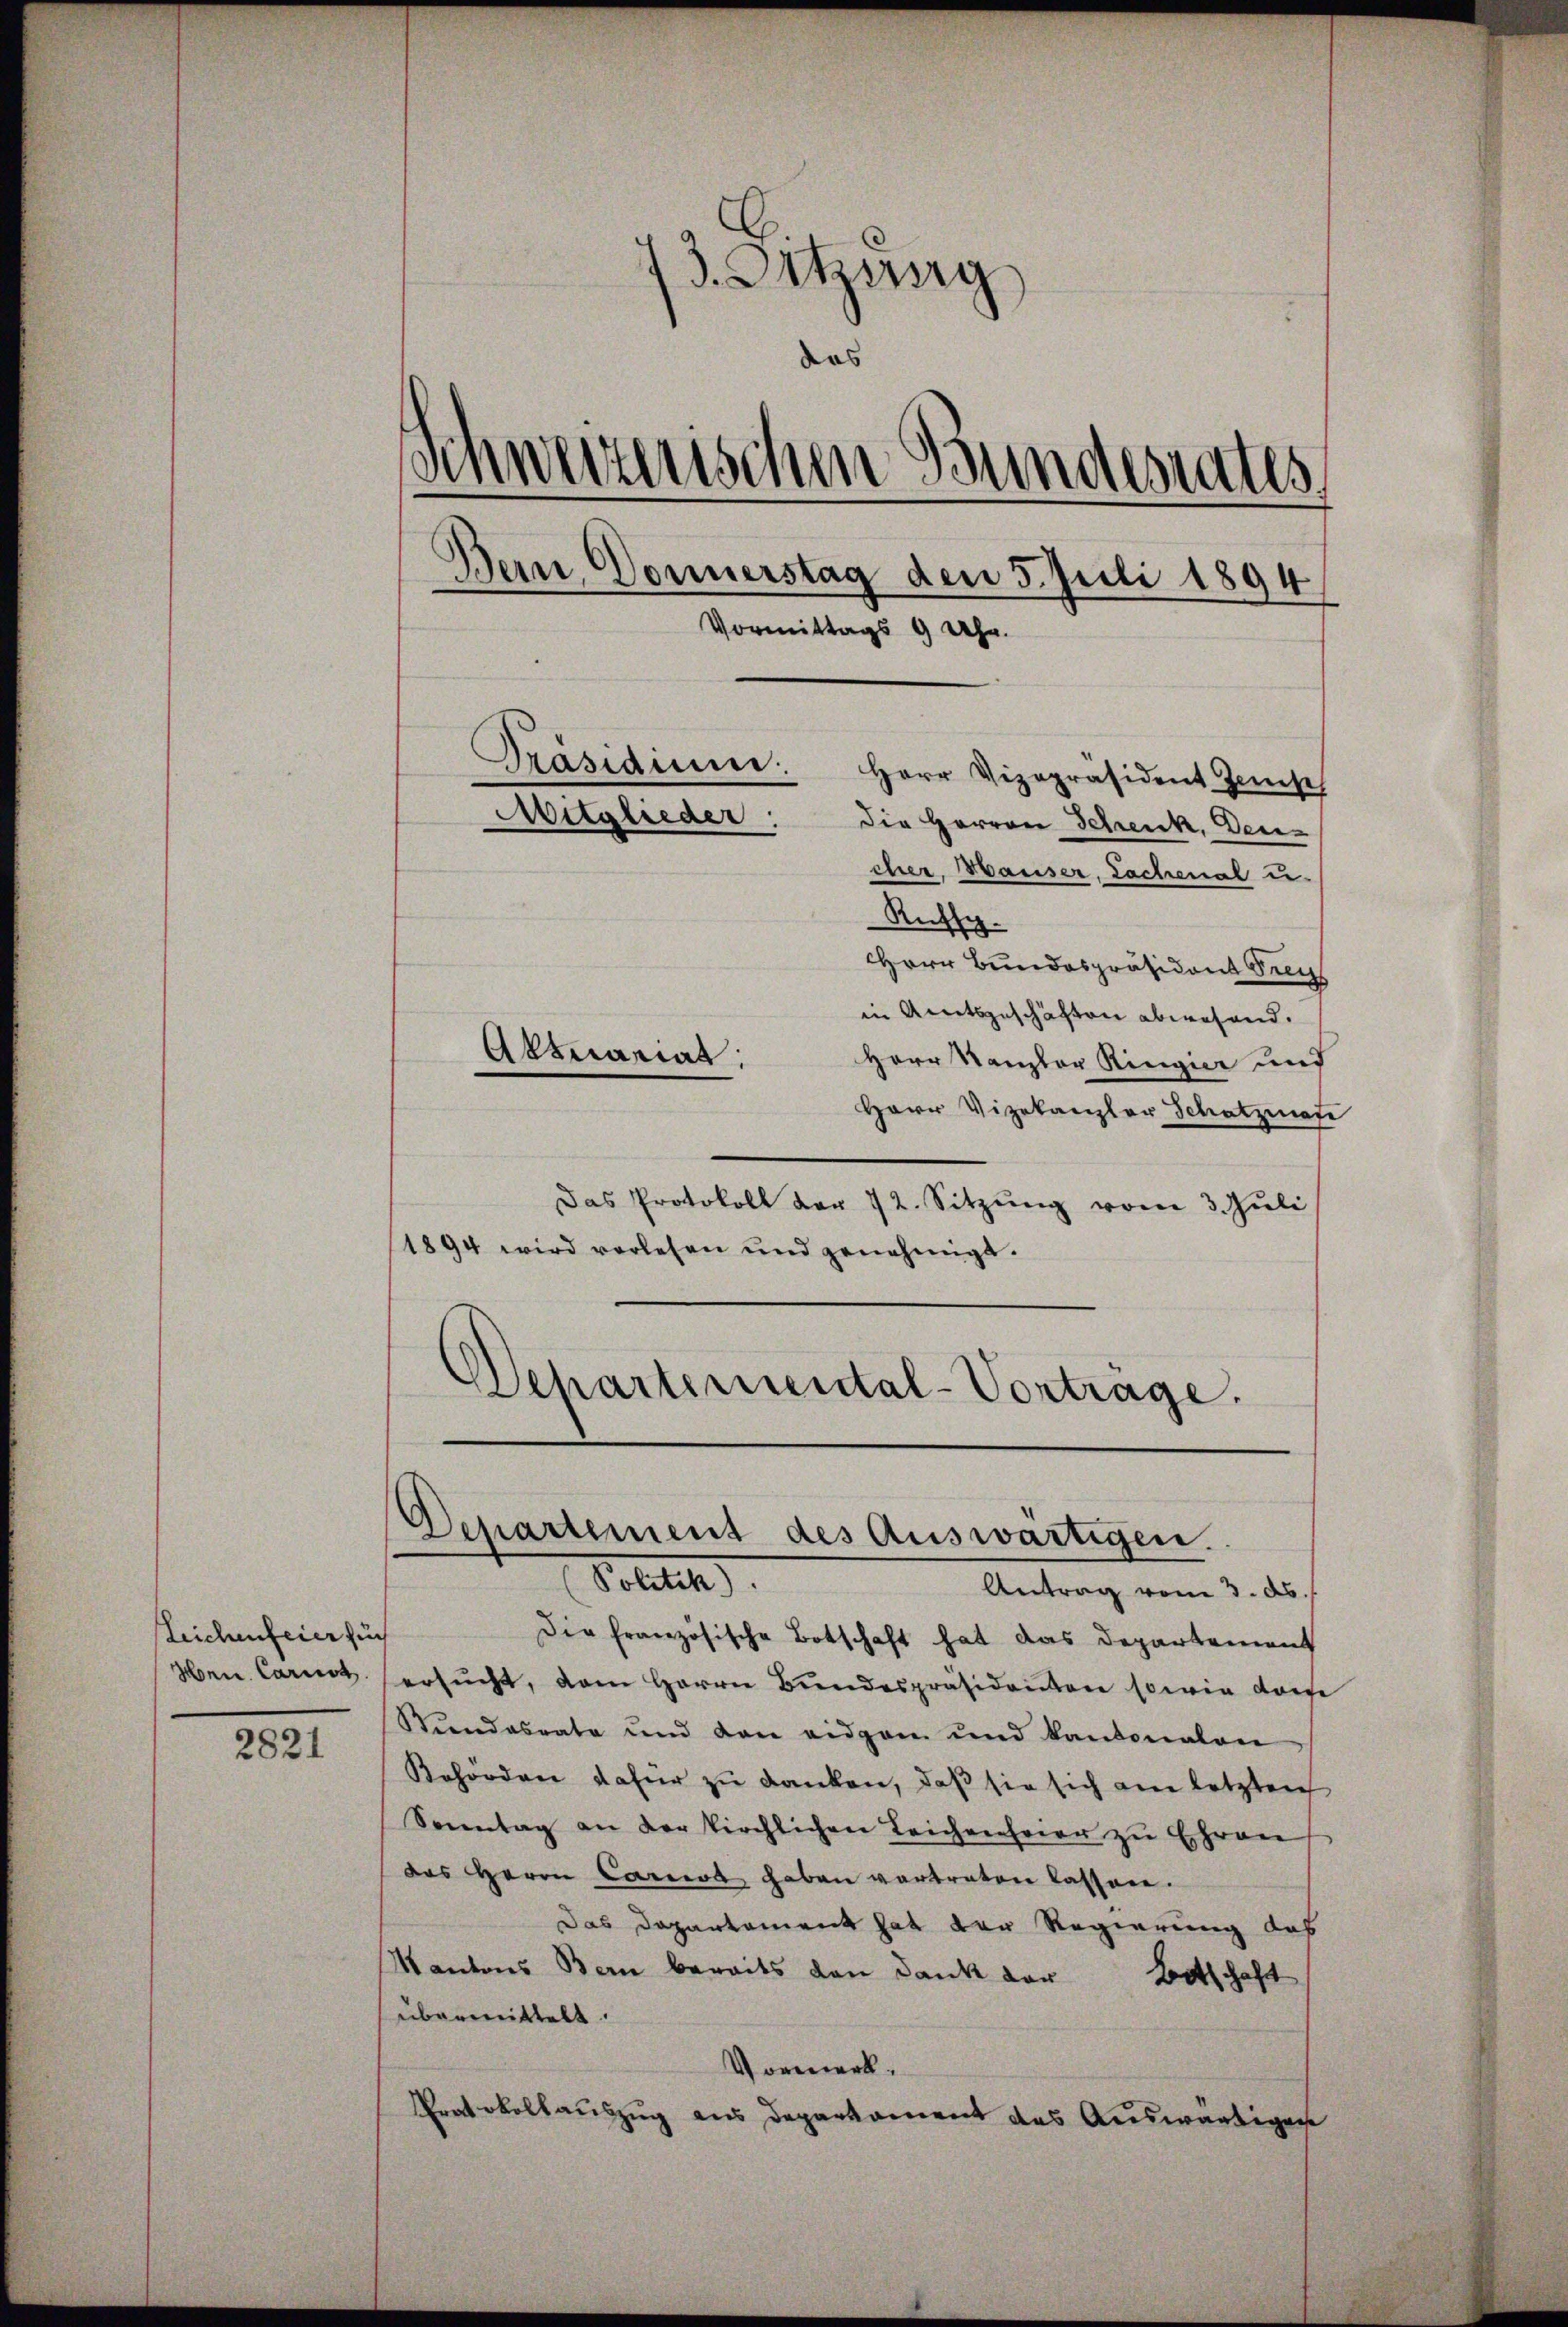
Leichenfeier für
Hrn. Carnst

2821

13. Ortzung
das
¬
Schwerzenschen Bundesrates
Bern Donnerstag den 5. Juli 1894
Vormittags 9 Uhr.
Päsidium
Herr Vizepräsident Zinse
Mitglieder: die Herren Schenk, den-
cher, Hauser, Sachenal u.
Rufs.
Herr Bundespräsident Frey
in Amtsgeschäften abwesend.
Aktuariat
Herr Kanzler Ringier und

Herr Vizekanzler Schatzmasi
Das Protokoll der 72. Sitzŭng vom 3. Juli
1894 wird vorlesen und genehmigt.
Departemental-Vortrage.

Departement des Auswärtigen.
Potth

Antrag vom 3. d.
Die französische Botschaft hat das Departement
ersŭcht, dem Herrn Bundespräsidenten sowie darf
Stundesrate und den eidgan und kantonalen
Behördene daher zu danken, daß sie sich am letzten
Sonntag an der kirchlichen Leichenfeier zu Ehrens
das Herrn Carol haben vertreten lassen.
Das Departament hat der Regierung das
Kantons Bern bereits den Dank der Botschaft
übermittelt.
Vormerk¬
Protokollauszug aus Deparkoment das Auswärtigen